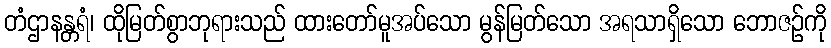
တံဌာနန္တရံ၊ ထိုမြတ်စွာဘုရားသည် ထားတော်မူအပ်သော မွန်မြတ်သော အရသာရှိသော ဘောဇဉ်ကို